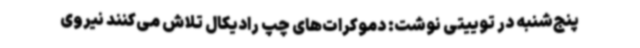
پنج‌شنبه در توییتی نوشت: دموکرات‌های چپ رادیکال تلاش می‌کنند نیروی